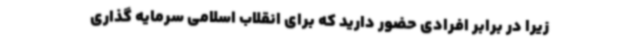
زیرا در برابر افرادی حضور دارید که برای انقلاب اسلامی سرمایه گذاری